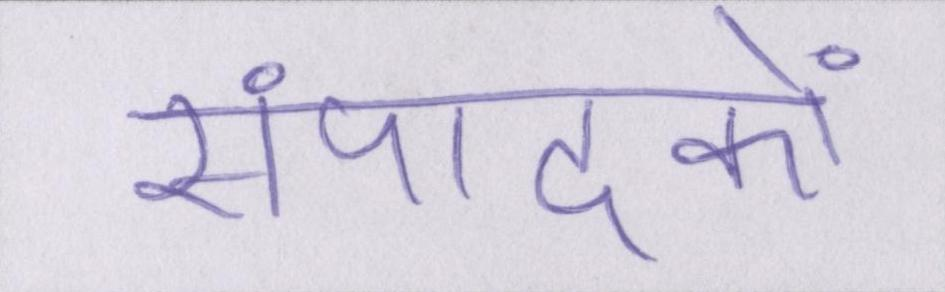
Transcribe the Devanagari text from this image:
संपादकों